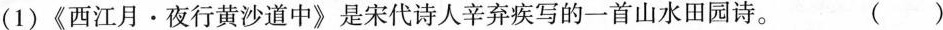
(1)《西江月·夜行黄沙道中》是宋代诗人辛弃疾写的一首山水田园诗。 ()